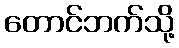
တောင်ဘက်သို့